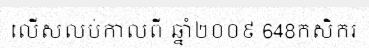
លើសលប់កាលពី ឆ្នាំ២០០៩ 648កសិករ